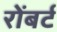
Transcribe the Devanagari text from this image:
रोंबर्ट